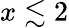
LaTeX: x\lesssim 2